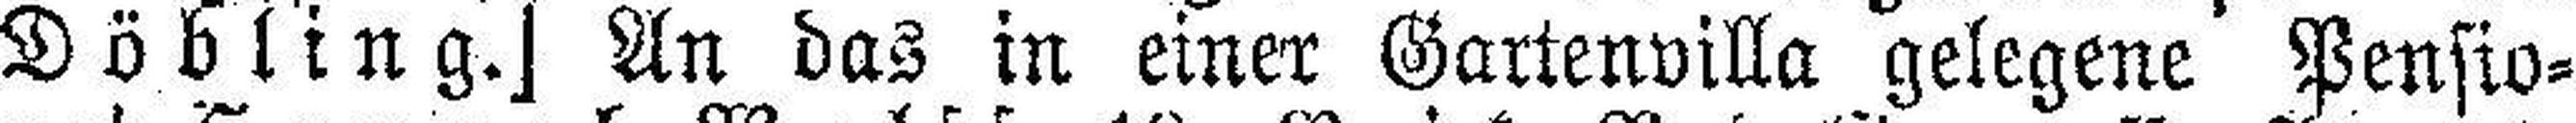
Döbling.] An das in einer Gartenvilla gelegene Pensio¬